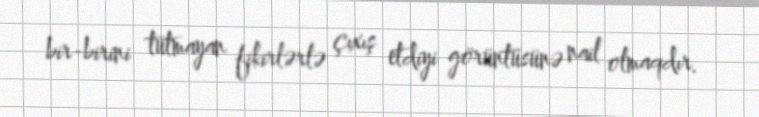
bir-birini tutmayan fikirlərlə çıxış etdiyi görüntüsünə nail olmaqdır.